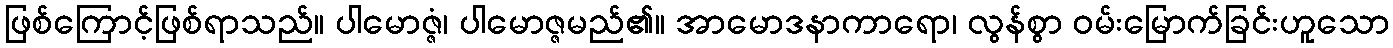
ဖြစ်ကြောင့်ဖြစ်ရာသည်။ ပါမောဇ္ဇံ၊ ပါမောဇ္ဇမည်၏။ အာမောဒနာကာရော၊ လွန်စွာ ဝမ်းမြောက်ခြင်းဟူသော